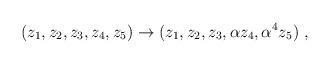
LaTeX: \begin{align*}(z_1,z_2,z_3,z_4,z_5) \rightarrow (z_1,z_2,z_3, \alpha z_4, \alpha^4 z_5) ~,\end{align*}